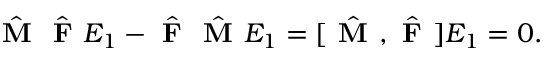
\begin{array} { r } { \hat { \textbf { M } } \hat { \textbf { F } } E _ { 1 } - \hat { \textbf { F } } \hat { \textbf { M } } E _ { 1 } = [ \hat { \textbf { M } } , \hat { \textbf { F } } ] E _ { 1 } = 0 . } \end{array}